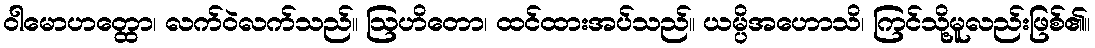
ဝါမောဟတ္ထော၊ လက်ဝဲလက်သည်။ ဩဟိတော၊ ထင်ထားအပ်သည်။ ယမ္ပိအဟောသိ၊ ကြင်သို့မူလည်းဖြစ်၏။